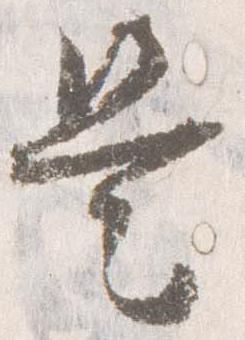
是